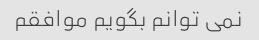
نمی توانم بگویم موافقم